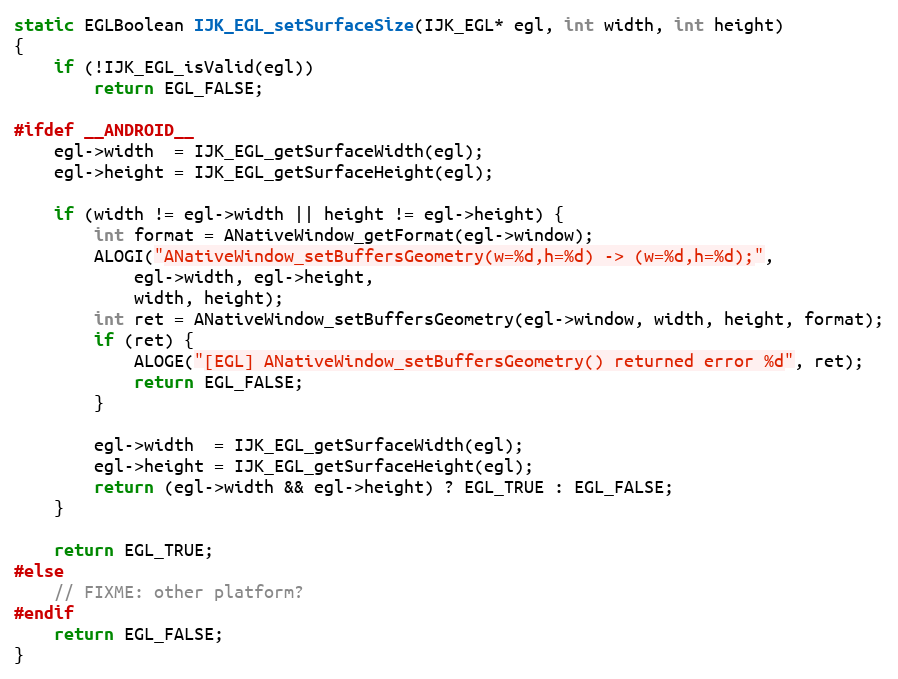
Language: C
static EGLBoolean IJK_EGL_setSurfaceSize(IJK_EGL* egl, int width, int height)
{
    if (!IJK_EGL_isValid(egl))
        return EGL_FALSE;

#ifdef __ANDROID__
    egl->width  = IJK_EGL_getSurfaceWidth(egl);
    egl->height = IJK_EGL_getSurfaceHeight(egl);

    if (width != egl->width || height != egl->height) {
        int format = ANativeWindow_getFormat(egl->window);
        ALOGI("ANativeWindow_setBuffersGeometry(w=%d,h=%d) -> (w=%d,h=%d);",
            egl->width, egl->height,
            width, height);
        int ret = ANativeWindow_setBuffersGeometry(egl->window, width, height, format);
        if (ret) {
            ALOGE("[EGL] ANativeWindow_setBuffersGeometry() returned error %d", ret);
            return EGL_FALSE;
        }

        egl->width  = IJK_EGL_getSurfaceWidth(egl);
        egl->height = IJK_EGL_getSurfaceHeight(egl);
        return (egl->width && egl->height) ? EGL_TRUE : EGL_FALSE;
    }

    return EGL_TRUE;
#else
    // FIXME: other platform?
#endif
    return EGL_FALSE;
}